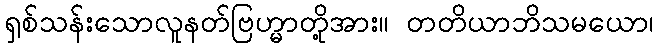
ရှစ်သန်းသောလူနတ်ဗြဟ္မာတို့အား။ တတိယာဘိသမယော၊